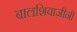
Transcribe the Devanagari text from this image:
बालशिवाजींनी